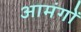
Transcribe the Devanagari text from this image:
आमंगों